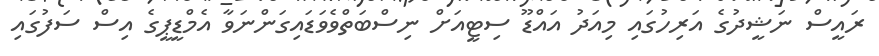
ރައީސް ނަޝީދުގެ އަރިހުގައި މިއަދު އައްޑޫ ސިޓީއަށް ނިސްބަތްވެވަޑައިގަންނަވާ އެމްޑީޕީގެ އިސް ސަފުގައި